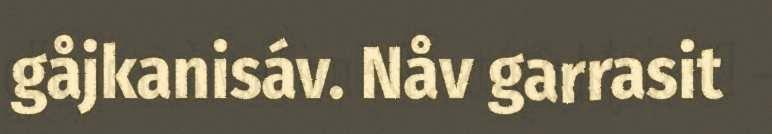
gåjkanisáv. Nåv garrasit